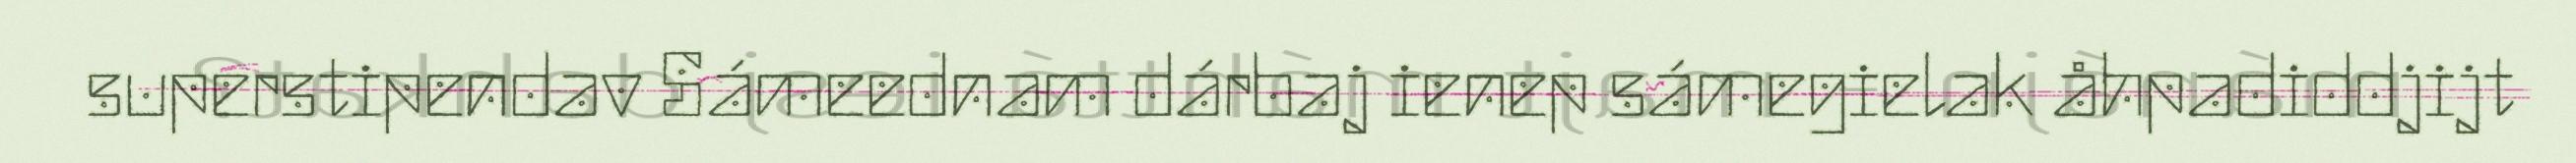
superstipendav Sámeednam dárbaj ienep sámegielak åhpadiddjijt